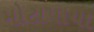
મોટાપાયા